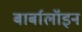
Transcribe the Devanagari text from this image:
बार्बालॉइन